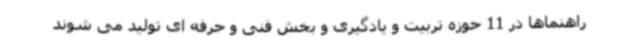
راهنماها در 11 حوزه تربیت و یادگیری و بخش فنی و حرفه ای تولید می شوند